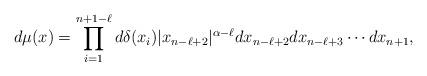
LaTeX: \begin{align*}d \mu (x ) = \prod_{i=1}^{n+1-\ell} d\delta(x_i) |x_{n-\ell+2}|^{\alpha - \ell} d x_{n-\ell+2} d x_{n-\ell+3} \cdots d x_{n+1},\end{align*}